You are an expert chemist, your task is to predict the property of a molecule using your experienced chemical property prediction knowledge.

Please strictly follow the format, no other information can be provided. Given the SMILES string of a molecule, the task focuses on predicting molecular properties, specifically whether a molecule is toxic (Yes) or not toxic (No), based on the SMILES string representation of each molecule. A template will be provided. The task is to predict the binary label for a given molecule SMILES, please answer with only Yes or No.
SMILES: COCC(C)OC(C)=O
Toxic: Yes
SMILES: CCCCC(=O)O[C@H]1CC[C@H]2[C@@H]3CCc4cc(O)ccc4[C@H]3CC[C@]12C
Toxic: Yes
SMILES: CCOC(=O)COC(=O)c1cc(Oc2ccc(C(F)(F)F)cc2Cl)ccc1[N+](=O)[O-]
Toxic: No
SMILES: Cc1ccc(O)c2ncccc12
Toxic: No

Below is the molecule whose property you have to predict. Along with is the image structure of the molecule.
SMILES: CC(C)(C)c1ccc(CSc2cnn(C(C)(C)C)c(=O)c2Cl)cc1
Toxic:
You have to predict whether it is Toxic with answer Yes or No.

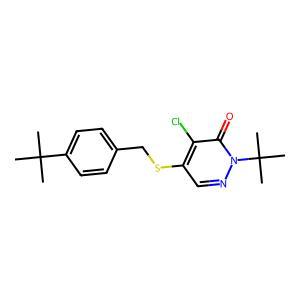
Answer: No